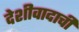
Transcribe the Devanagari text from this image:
देशीवादाची